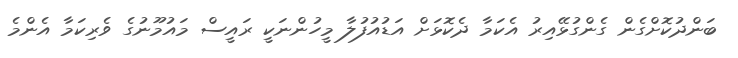
ބަންދުކޮށްގެން ގެންގުޅޭއިރު އެކަމާ ދެކޮޅަށް އަޑުއުފުލާ މީހުންނަކީ ރައީސް މައުމޫނުގެ ވެރިކަމާ އެންމެ